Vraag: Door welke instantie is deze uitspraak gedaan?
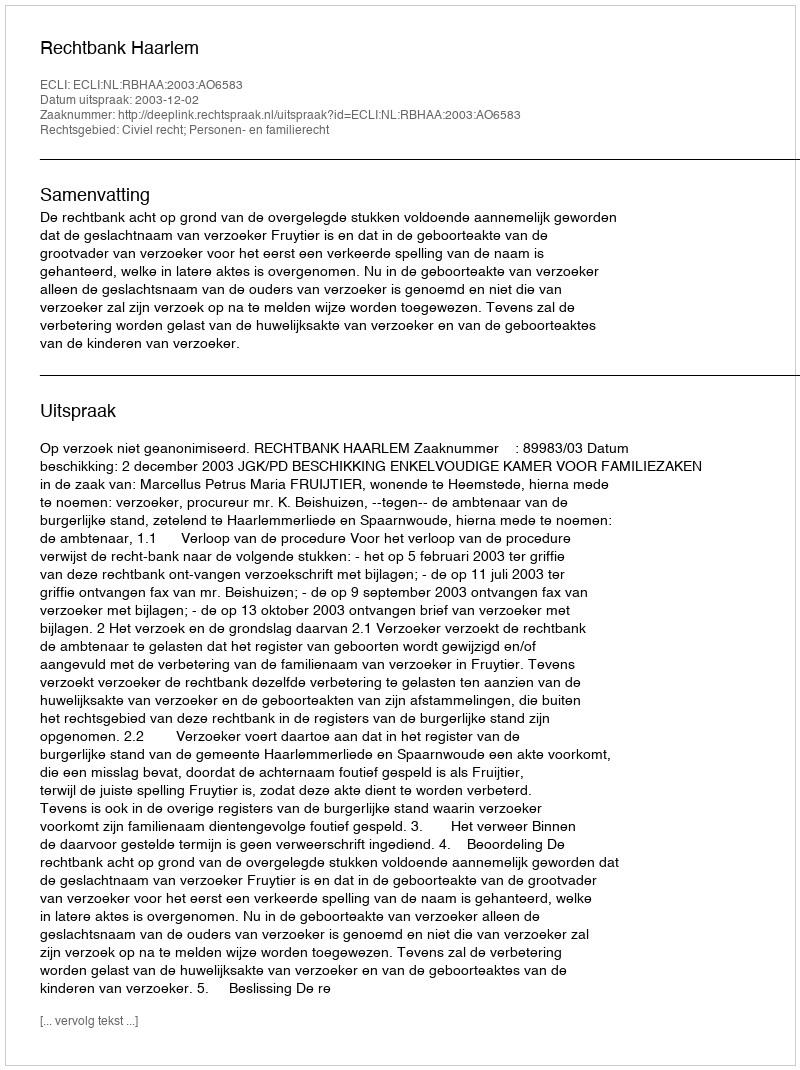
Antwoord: Rechtbank Haarlem